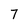
Character: 7